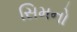
સિમનો